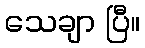
သေချာ ပြီ။